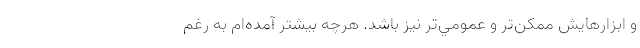
و ابزارهايش ممكن‌تر و عمومي‌تر نيز باشد. هرچه بيشتر آمده‌ام به رغم